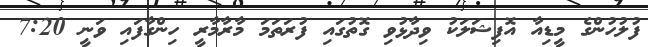
ފުލުހުންގެ މީޑިއާ އޮފިޝަލަކު ވިދާޅުވި ގޮތުގައިި ފުރަތަމަ މާރާމާރީ ހިންގާފައި ވަނީ 7:20